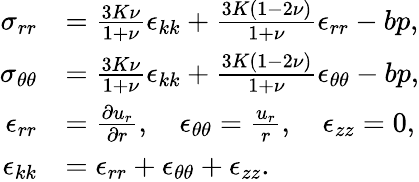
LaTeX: \begin{array}{rl}{\sigma_{rr}}&{=\frac{3K\nu}{1+\nu}\epsilon_{kk}+\frac{3K(1-2\nu)}{1+\nu}\epsilon_{rr}-bp,}\\ {\sigma_{\theta\theta}}&{=\frac{3K\nu}{1+\nu}\epsilon_{kk}+\frac{3K(1-2\nu)}{1+\nu}\epsilon_{\theta\theta}-bp,}\\ {\epsilon_{rr}}&{=\frac{\partial u_{r}}{\partial r},\quad\epsilon_{\theta\theta}=\frac{u_{r}}{r},\quad\epsilon_{zz}=0,}\\ {\epsilon_{kk}}&{=\epsilon_{rr}+\epsilon_{\theta\theta}+\epsilon_{zz}.}\end{array}